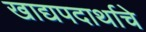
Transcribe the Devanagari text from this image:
खाद्यपदार्थाचे